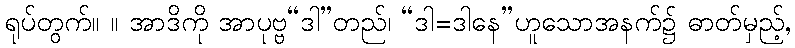
ရုပ်တွက်။ ။ အာဒိကို အာပုဗ္ဗ“ဒါ”တည်၊ “ဒါ=ဒါနေ”ဟူသောအနက်၌ ဓာတ်မှည့်,